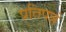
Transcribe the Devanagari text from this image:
प्रतिपन्नं